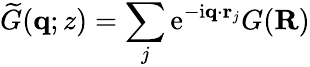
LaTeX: \widetilde G(\mathbf{q};z)=\sum_{j}\mathrm{e}^{-\mathrm{i}\mathbf{q}\cdot\mathbf{r}_{j}}G(\mathbf R)